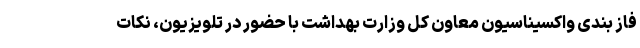
فاز بندی واکسیناسیون معاون کل وزارت بهداشت با حضور در تلویزیون، نکات